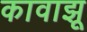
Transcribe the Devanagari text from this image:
कावाझू